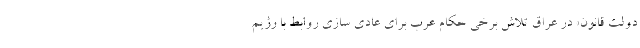
دولت قانون» در عراق تلاش برخی حکام عرب برای عادی سازی روابط با رژیم